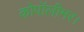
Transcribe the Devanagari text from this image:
कोपॉलीमर।